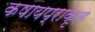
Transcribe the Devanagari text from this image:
कषायप्राकृत